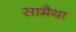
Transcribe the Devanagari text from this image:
सामैया